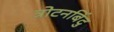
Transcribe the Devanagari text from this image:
त्रोटनबिंदु